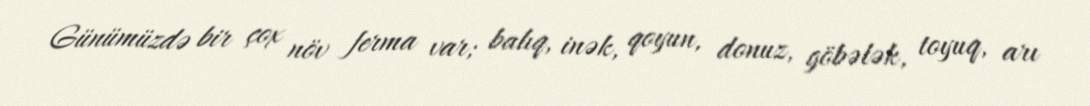
Günümüzdə bir çox növ ferma var; balıq, inək, qoyun, donuz, göbələk, toyuq, arı